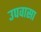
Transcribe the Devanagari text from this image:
उपवासा